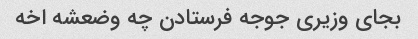
بجای وزیری جوجه فرستادن چه وضعشه اخه